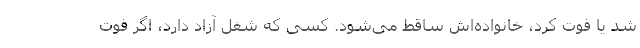
شد یا فوت کرد، خانواده‌اش ساقط می‌شود. کسی که شغل آزاد دارد، اگر فوت